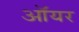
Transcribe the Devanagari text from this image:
ऑयर